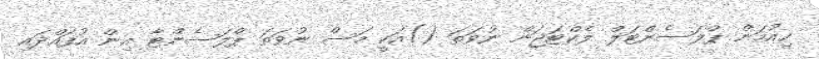
ހިއުމަން ޕްލަސެންޓަލް ލެކްޓަޖަން ނުވަތަ ()އަކީ މަސް ނުވަތަ ޕްލަސެންޓާ އިން އުފައްދައި